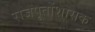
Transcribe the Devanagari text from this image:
राजपूतोंशासक